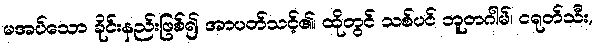
မအပ်သော ခိုင်းနည်းဖြစ်၍ အာပတ်သင့်၏၊ ထိုတွင် သစ်ပင် ဘူတဂါမ်၊ ငရုတ်သီး,